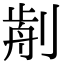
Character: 𠝣